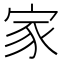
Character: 家